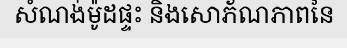
សំណង់ម៉ូដផ្ទះ និងសោភ័ណភាពនៃ